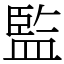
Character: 監